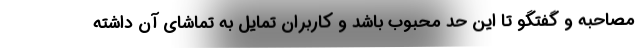
مصاحبه و گفتگو تا این حد محبوب باشد و کاربران تمایل به تماشای آن داشته